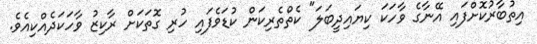
އިތުބާރުކޮށްފައި އޭނާގެ ވާހަކަ ކިޔައިދީބަލަ" ކެތްތެރިކަން ކުޑަވެފައި ހުރި ގޮތަކަށް ރާކިޒު ވާހަކަދެއްކިއެވެ.